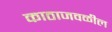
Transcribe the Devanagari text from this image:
काठाजवळील